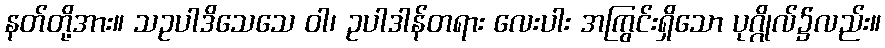
နတ်တို့အား။ သဥပါဒိသေသေ ဝါ၊ ဥပါဒါန်တရား လေးပါး အကြွင်းရှိသော ပုဂ္ဂိုလ်၌လည်း။